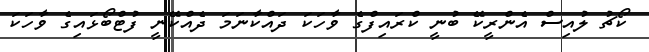
ކޯޗު ލުއިސް އެންރީކޭ ބުނީ ކްރައިފްގެ ވާހަކަ ދައްކާނަމަ ދެއްކޭނީ ފުޓްބޯޅައިގެ ވާހަކަ